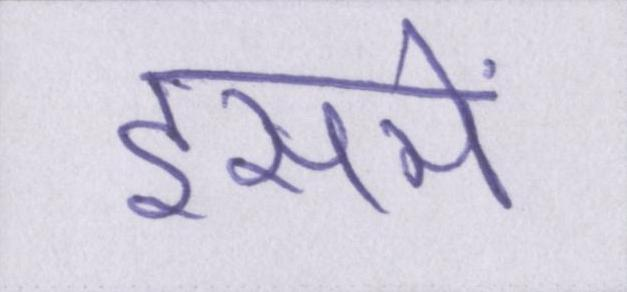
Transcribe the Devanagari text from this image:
इसमें